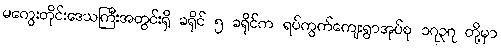
မကွေးတိုင်းဒေသကြီးအတွင်းရှိ ခရိုင် ၅ ခရိုင်က ရပ်ကွက်ကျေးရွာအုပ်စု ၁၇၃၇ တို့မှာ